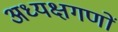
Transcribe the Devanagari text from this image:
अध्यक्षगणों